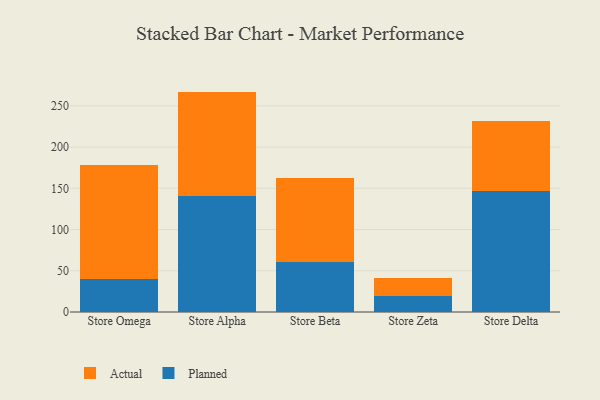
{"axis": {"x": "Store", "y": "Latency (ms)"}, "legend": ["Actual", "Planned"], "data": [{"x": "Store Omega", "y": 40.6, "type": "Planned"}, {"x": "Store Omega", "y": 137.3, "type": "Actual"}, {"x": "Store Alpha", "y": 140.6, "type": "Planned"}, {"x": "Store Alpha", "y": 126.7, "type": "Actual"}, {"x": "Store Beta", "y": 60.6, "type": "Planned"}, {"x": "Store Beta", "y": 102.1, "type": "Actual"}, {"x": "Store Zeta", "y": 19.7, "type": "Planned"}, {"x": "Store Zeta", "y": 21.0, "type": "Actual"}, {"x": "Store Delta", "y": 146.5, "type": "Planned"}, {"x": "Store Delta", "y": 85.1, "type": "Actual"}]}